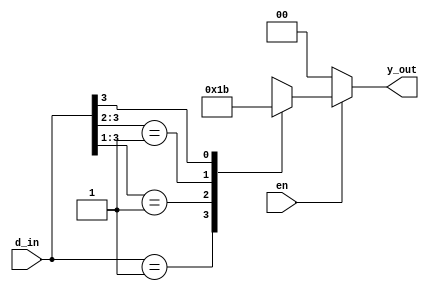
`timescale 1ns / 1ps
//////////////////////////////////////////////////////////////////////////////////
// Company: 
// Engineer: 
// 
// Design Name: 
// Module Name: priority_encoder
// Project Name: 
// Target Devices: 
// Tool Versions: 
// Description: 
// 
// Dependencies: 
// 
// Revision:
// Revision 0.01 - File Created
// Additional Comments:
// 
//////////////////////////////////////////////////////////////////////////////////
module priority_encoder(
                        input en,
                        input [3:0] d_in,
                        output reg [1:0] y_out);
always@*
    if(en=='b0)
    y_out='b0;
    else
        begin
        casex(d_in)
        4'b0001:y_out=2'b00;
        4'b001x:y_out=2'b01;
        4'b01xx:y_out=2'b10;
        4'b1xxx:y_out=2'b11;
        default: y_out=2'bxx;
        endcase
        end
endmodule